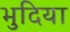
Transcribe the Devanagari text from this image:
भुदिया